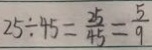
2 5 \div 4 5 = \frac { 2 5 } { 4 5 } = \frac { 5 } { 9 }